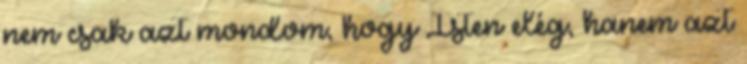
nem csak azt mondom, hogy Isten elég, hanem azt